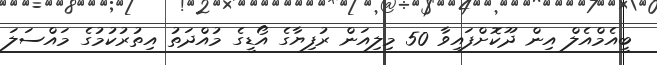
ބީއެމްއެލް އިން ދޫކޮށްފައިވާ 50 މިލިއަން ރުފިޔާގެ އޯޑީގެ މުއްދަތު އިތުރުކުމުގެ މައްސަލަ